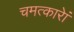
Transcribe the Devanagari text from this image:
चमत्कारेां